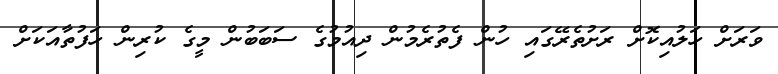
ވަރަށް ހަލުއިކޮށް ރަށުތެރޭގައި ހުން ފެތުރެމުން ދިއުމުގެ ސަބަބުން މީގެ ކުރިން ހަފުތާއަކަށް